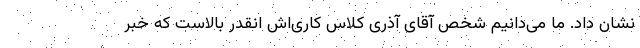
نشان داد. ما می‌دانیم شخص آقای آذری کلاس کاری‌اش انقدر بالاست که خبر